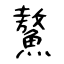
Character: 鰲